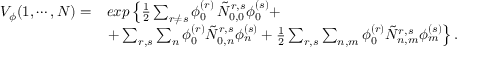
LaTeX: \begin{array} { l l } { { V _ { \phi } ( 1 , \cdots , N ) = } } & { { e x p \left\{ \frac { 1 } { 2 } \sum _ { r \neq s } \phi _ { 0 } ^ { ( r ) } \, \tilde { N } _ { 0 , 0 } ^ { r , s } \phi _ { 0 } ^ { ( s ) } + \right. } } \\ { { } } & { { \left. + \sum _ { r , s } \sum _ { n } \phi _ { 0 } ^ { ( r ) } \tilde { N } _ { 0 , n } ^ { r , s } \phi _ { n } ^ { ( s ) } + \frac { 1 } { 2 } \sum _ { r , s } \sum _ { n , m } \phi _ { 0 } ^ { ( r ) } \tilde { N } _ { n , m } ^ { r , s } \phi _ { m } ^ { ( s ) } \right\} . } } \end{array}